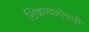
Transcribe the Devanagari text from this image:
शिकण्याऐवजी